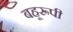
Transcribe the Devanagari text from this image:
बहूरूपी